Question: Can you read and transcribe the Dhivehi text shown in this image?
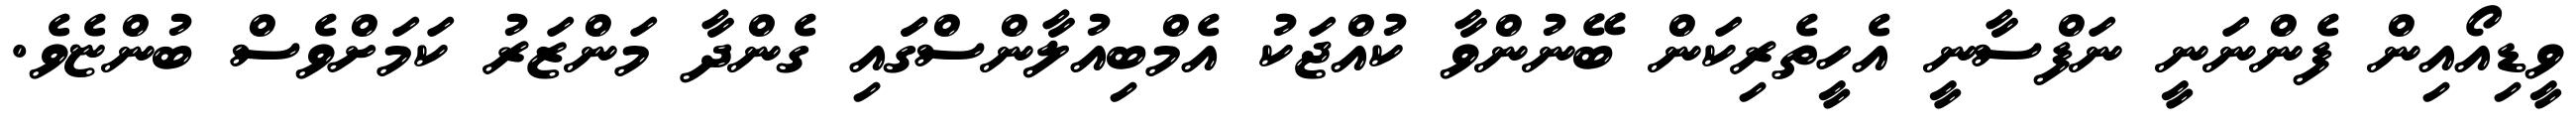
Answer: ވީޑިއޯއިން ފެންނަނީ ނަފްސާނީ އެހީތެރިކަން ބޭނުންވާ ކުއްޖަކު އެމްބިއުލާންސްގަައި ގެންދާ މަންޒަރު ކަމަށްވެސް ބުންޏެވެ.